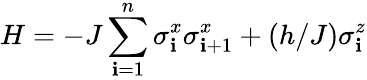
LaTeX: H=-J\sum_{\mathbf{i}=1}^{n}\sigma_{\mathbf{i}}^{x}\sigma_{\mathbf{i}+1}^{x}+(h/J)\sigma_{\mathbf{i}}^{z}